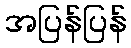
အပြန်ပြန်